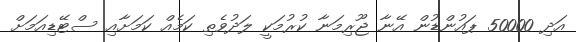
އަދި 50000 ޕައުންޑުން އޭނާ ޖޫރިމަނާ ކުރުމަކީ ލަދުވެތި ކަމެއް ކަމަށާއި ސްޓޭޑިއަމަށް